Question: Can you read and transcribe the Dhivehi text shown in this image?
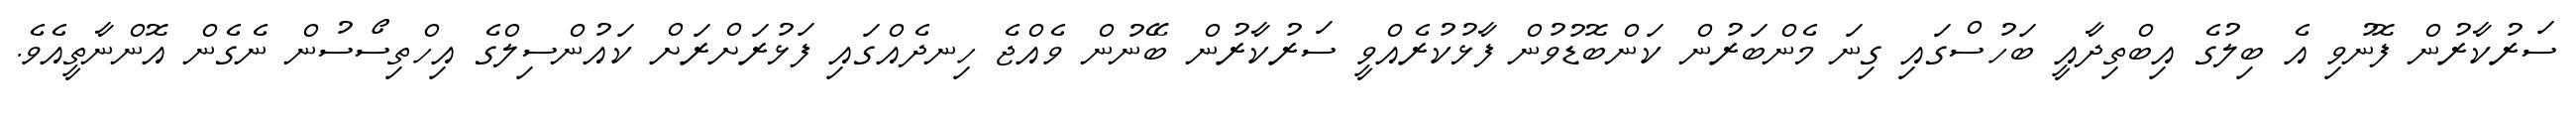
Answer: ސަރުކާރުން ފޮނުވި އެ ބިލުގެ އިބްތިދާއީ ބަހުސްގައި ގިނަ މެންބަރުން ކަންބޮޑުވުން ފާޅުކުރެއްވީ ސަރުކާރުން ބޭނުން ވެއްޖެ ހިނދެއްގައި ފަޅުރަށްރަށް ކައުންސިލްގެ އިހްތިސޯސުން ނެގެން އޮންނާތީއެވެ.